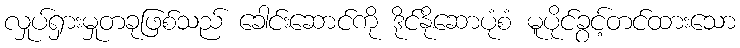
လှုပ်ရှားမှုတခုဖြစ်သည် ခေါင်းဆောင်ကို ဒိုင်နိုဆောပုံစံ မူပိုင်ခွင့်တင်ထားသော